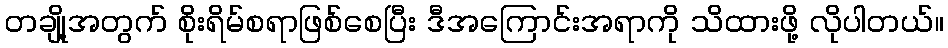
တချို့အတွက် စိုးရိမ်စရာဖြစ်စေပြီး ဒီအကြောင်းအရာကို သိထားဖို့ လိုပါတယ်။